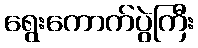
ရွေးကောက်ပွဲကြီး